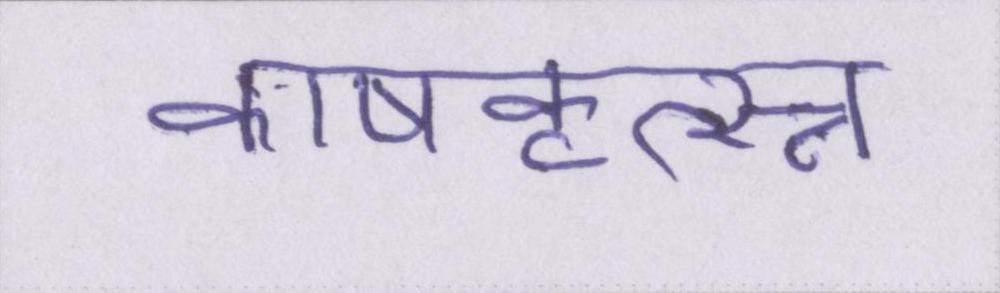
काषकृत्स्न